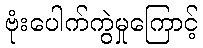
ဗုံးပေါက်ကွဲမှုကြောင့်